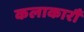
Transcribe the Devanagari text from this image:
कलाकारौं